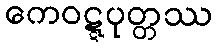
ကေဝဋ္ဋပုတ္တဿ